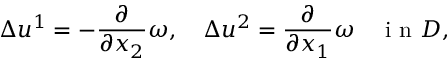
\Delta u ^ { 1 } = - \frac { \partial } { \partial x _ { 2 } } \omega , \quad \Delta u ^ { 2 } = \frac { \partial } { \partial x _ { 1 } } \omega \quad \mathrm { ~ i ~ n ~ } D ,